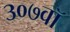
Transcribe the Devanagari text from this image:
३०७वॉ